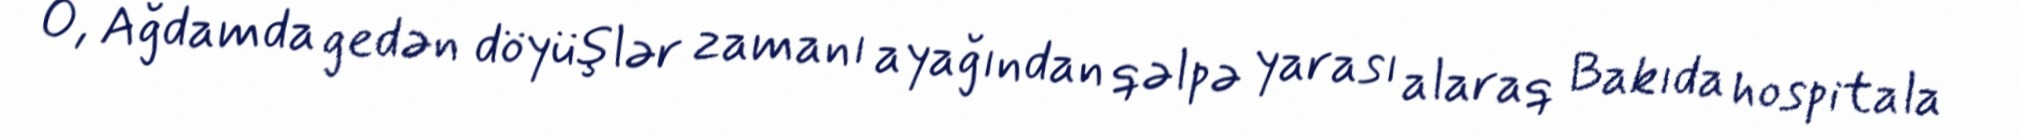
O, Ağdamda gedən döyüşlər zamanı ayağından qəlpə yarası alaraq Bakıda hospitala